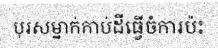
បុរសម្នាក់កាប់ដីធ្វើចំការប៉ះ